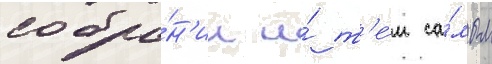
собра́н'ии и́ т'е́м са́мым